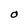
Character: O